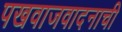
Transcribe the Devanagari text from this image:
पखवाजवादनाची